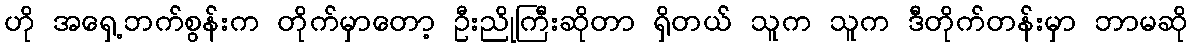
ဟို အရှေ့ဘက်စွန်းက တိုက်မှာတော့ ဦးညိုကြီးဆိုတာ ရှိတယ် သူက သူက ဒီတိုက်တန်းမှာ ဘာမဆို